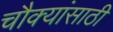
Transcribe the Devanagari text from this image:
चौक्यांसाठी